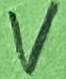
Text: V